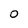
Character: 0